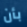
بأن